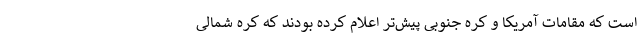
است که مقامات آمریکا و کره جنوبی پیش‌تر اعلام کرده بودند که کره شمالی